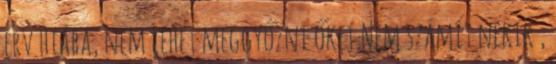
érv hiába, nem lehet meggyőzni őket.Nem számít nekik ,